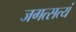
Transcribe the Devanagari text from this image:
जगत्सत्यं